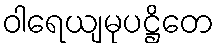
ဝါရေယျမုပဋ္ဌိတေ